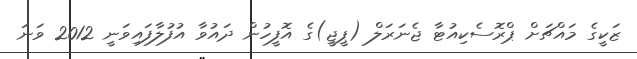
ޒަކީގެ މައްޗަށް ޕްރޮސެކިއުޓާ ޖެނަރަލް (ޕީޖީ)ގެ އޮފީހުން ދައުވާ އުފުލާފައިވަނީ 2012 ވަނަ